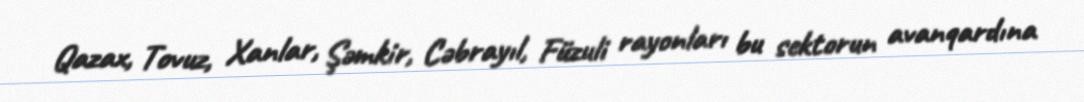
Qazax, Tovuz, Xanlar, Şəmkir, Cəbrayıl, Füzuli rayonları bu sektorun avanqardına